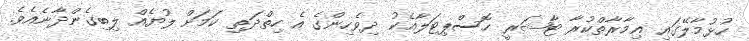
ހުޅުމާލޭގައި އިމާރާތްކުރާ ޓާޝަރީ ހޮސްޕިޓަލާއެކު ދިވެހިންގެ އެ ހިތްދަތި ކަމަށް ލުޔެއް ލިބިގެންދާނެއެވެ.